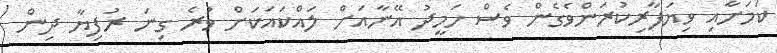
ކަމަށާއި ވިޔަފާރިކުރަންވެގެން ވެސް ހަމީދު އޭނާއަށް ލައްކައަކަށް ވުރެ ގިނަ ރުފިޔާ ދިން